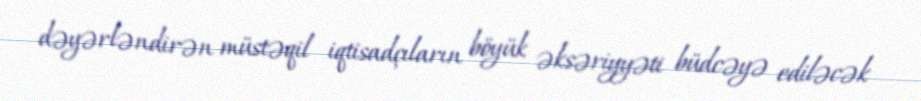
dəyərləndirən müstəqil iqtisadçıların böyük əksəriyyəti büdcəyə ediləcək